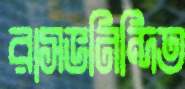
রাসভনিন্দিত